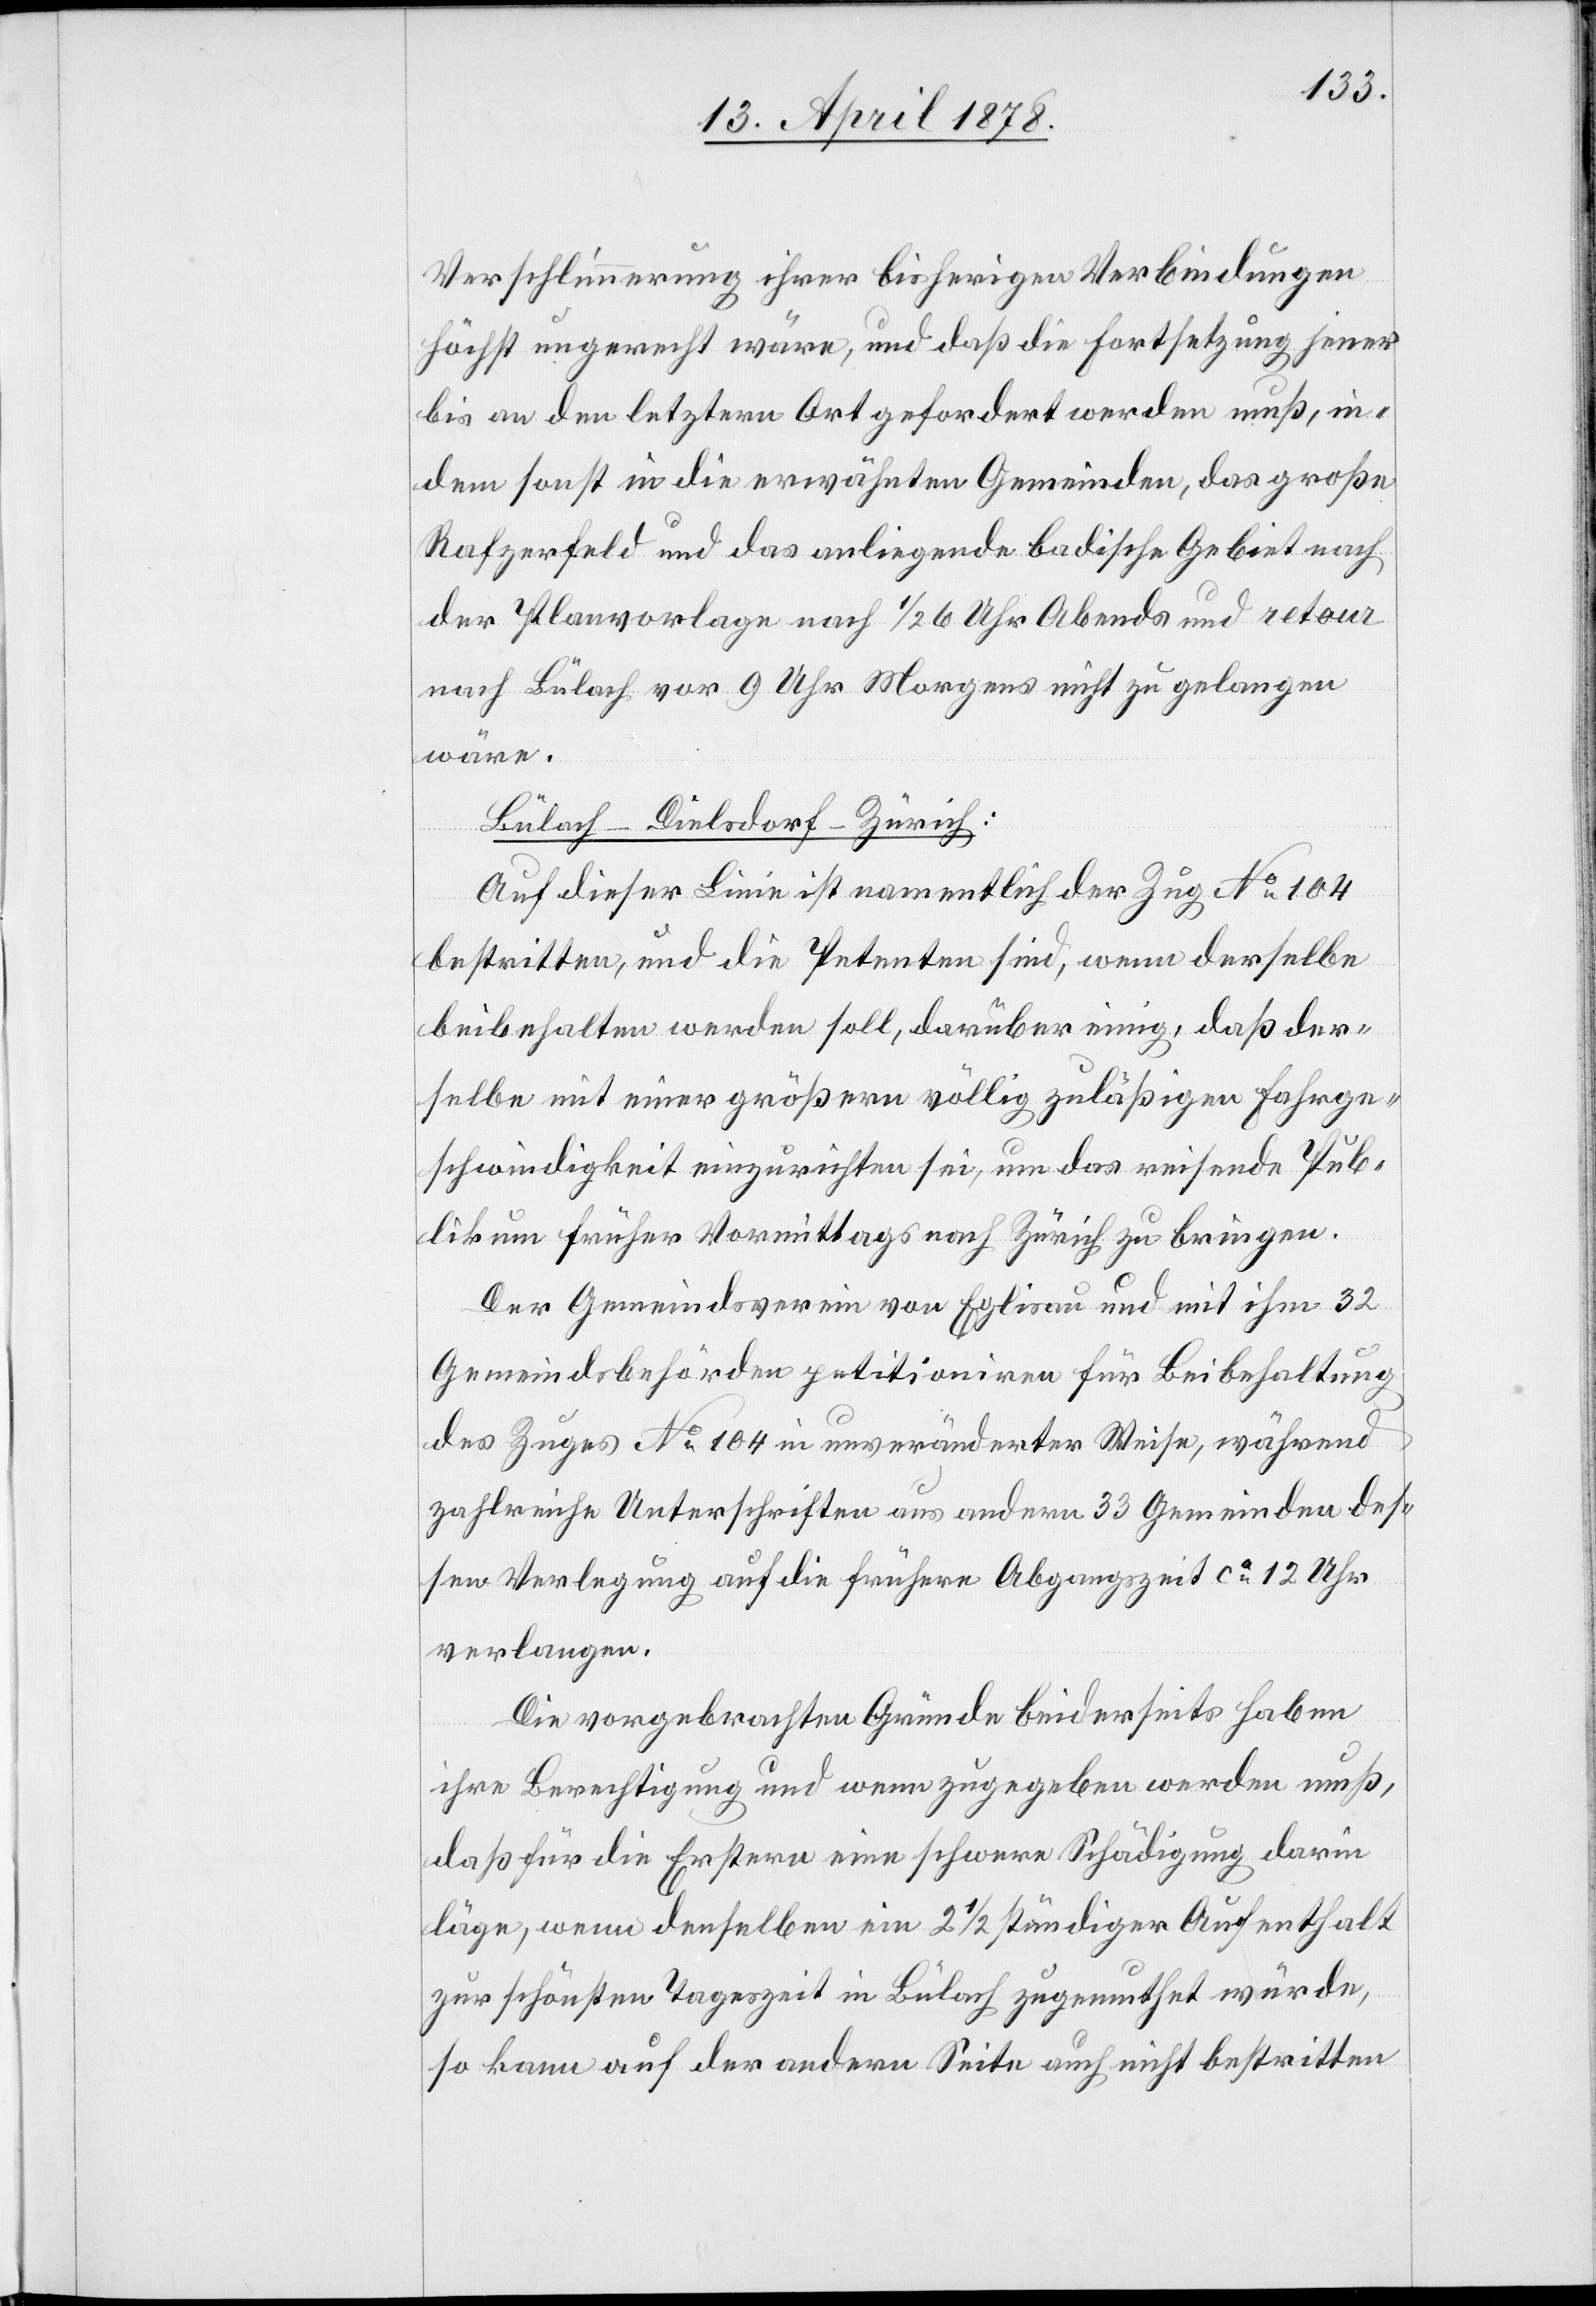
Verschlimmerung ihrer bisherigen Verbindungen
höchst ungerecht wäre, und daß die Fortsetzung jener
bis an den letztern Ort gefordert werden muß, in¬
dem sonst in die erwähnten Gemeinden, das große
Rafzerfeld und das anliegende badische Gebiet nach
der Planvorlage nach 1/2 6 Uhr Abends und retour
nach Bülach vor 9 Uhr Morgens nicht zu gelangen
wäre.
Bülach–Dielsdorf–Zürich:
Auf dieser Linie ist namentlich der Zug No 104
bestritten, und die Petenten sind, wenn derselbe
beibehalten werden soll, darüber einig, daß der¬
selbe mit einer größern völlig zulässigen Fahrge¬
schwindigkeit einzurichten sei, um das reisende Pub¬
likum früher Vormittags nach Zürich zu bringen.
Der Gemeindsverein von Eglisau und mit ihm 32
Gemeindsbehörden petitioniren für Beibehaltung
des Zuges No 104 in unveränderter Weise, während
zahlreiche Unterschriften aus andern 33 Gemeinden des¬
sen Verlegung auf die frühere Abgangszeit ca 12 Uhr
verlangen.
Die vorgebrachten Gründe beiderseits haben
ihre Berechtigung und wenn zugegeben werden muß,
daß für die Erstere eine schwere Schädigung darin
läge, wenn denselben ein 2 1/2 stündiger Aufenthalt
zur schönsten Tageszeit in Bülach zugemuthet würde,
so kann auf der andern Seite auch nicht bestritten